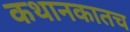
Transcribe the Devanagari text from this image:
कथानकातच